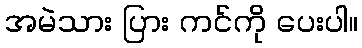
အမဲသား ပြား ကင်ကို ပေးပါ။